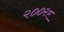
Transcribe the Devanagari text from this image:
२००२ए